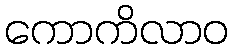
ကောကိလာဝ